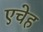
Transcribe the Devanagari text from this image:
एचेह